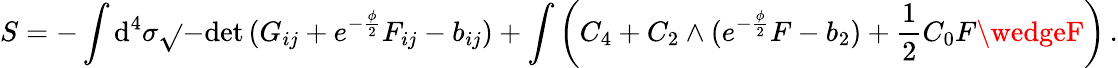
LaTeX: S=-\int\mathrm{d}^{4}\sigma\sqrt{}{{-\mathrm{{\mathrm{d}et}}\, (G_{ij}+e^{-\frac{{\phi}}{{2}}}F_{ij}-b_{ij})}}+\int\left(C_{4}+C_{2}\wedge(e^{-\frac{{\phi}}{{2}}}F-b_{2})+\frac{{1}}{{2}}C_{0}F\wedgeF\right)\, .